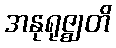
အနုရုဇ္ဈတိ